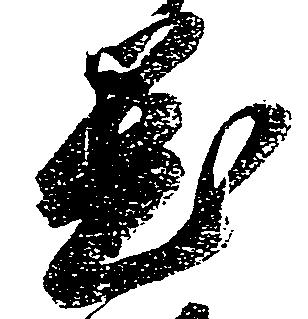
置